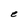
Character: e